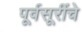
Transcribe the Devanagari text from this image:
पूर्वसूरींचे